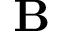
\textbf { B }